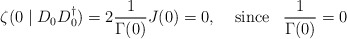
\begin{align*}\zeta (0\mid D_0D_0^{\dagger})=2\frac {1}{\Gamma (0)}J(0)=0, \;\;\;\;{\rm since}\;\;\;\frac {1}{\Gamma (0)}=0\end{align*}